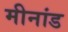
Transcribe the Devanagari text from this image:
मीनांड